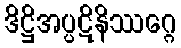
ဒိဋ္ဌိအပ္ပဋိနိဿဂ္ဂေ